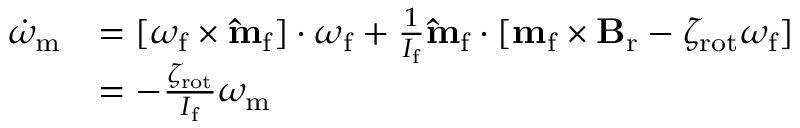
\begin{array} { r l } { \dot { \omega } _ { \mathrm { m } } } & { = [ \boldsymbol { \omega } _ { \mathrm { f } } \times \mathbf { \hat { m } } _ { \mathrm { f } } ] \cdot \boldsymbol { \omega } _ { \mathrm { f } } + \frac { 1 } { I _ { \mathrm { f } } } \mathbf { \hat { m } } _ { \mathrm { f } } \cdot [ \mathbf { m } _ { \mathrm { f } } \times \mathbf { B } _ { \mathrm { r } } - \zeta _ { \mathrm { r o t } } \boldsymbol { \omega } _ { \mathrm { f } } ] } \\ & { = - \frac { \zeta _ { \mathrm { r o t } } } { I _ { \mathrm { f } } } \omega _ { \mathrm { m } } } \end{array}